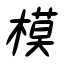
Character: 模